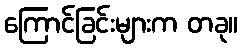
ကြောင်ခြင်းများက တခု။